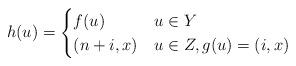
LaTeX: \begin{align*}h(u) = \begin{cases}f(u) & u\in Y \\(n+i, x) & u \in Z, g(u) = (i,x) \\\end{cases}\end{align*}